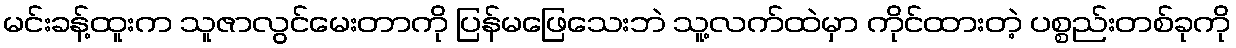
မင်းခန့်ထူးက သူဇာလွင်မေးတာကို ပြန်မဖြေသေးဘဲ သူ့လက်ထဲမှာ ကိုင်ထားတဲ့ ပစ္စည်းတစ်ခုကို